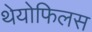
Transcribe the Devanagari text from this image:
थेयोफिलस